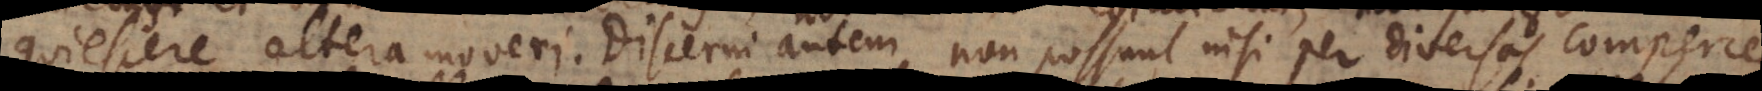
quiescere altera moveri. Discerni autem non possunt nisi per diversas comperce